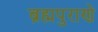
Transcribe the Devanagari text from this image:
ब्रह्मपुराणे